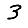
Digit: 3